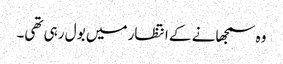
وہ سمجھانے کے انتظار میں بول رہی تھی۔